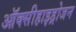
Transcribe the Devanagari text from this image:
ऑक्सीहाइड्रोजन